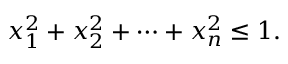
x _ { 1 } ^ { 2 } + x _ { 2 } ^ { 2 } + \cdots + x _ { n } ^ { 2 } \leq 1 .